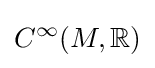
C^{\infty }(M,\mathbb {R} )